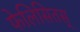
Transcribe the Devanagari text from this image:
फेलिसितस्